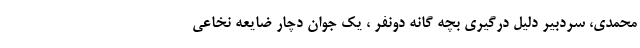
محمدی، سردبیر دلیل درگیری بچه گانه دونفر ، یک جوان دچار ضایعه نخاعی